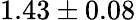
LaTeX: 1.43\pm 0.08